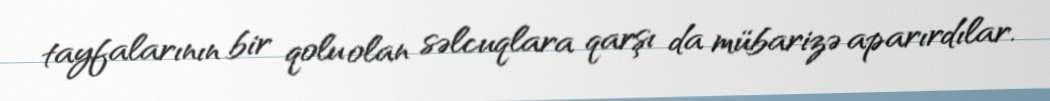
tayfalarının bir qolu olan səlcuqlara qarşı da mübarizə aparırdılar.